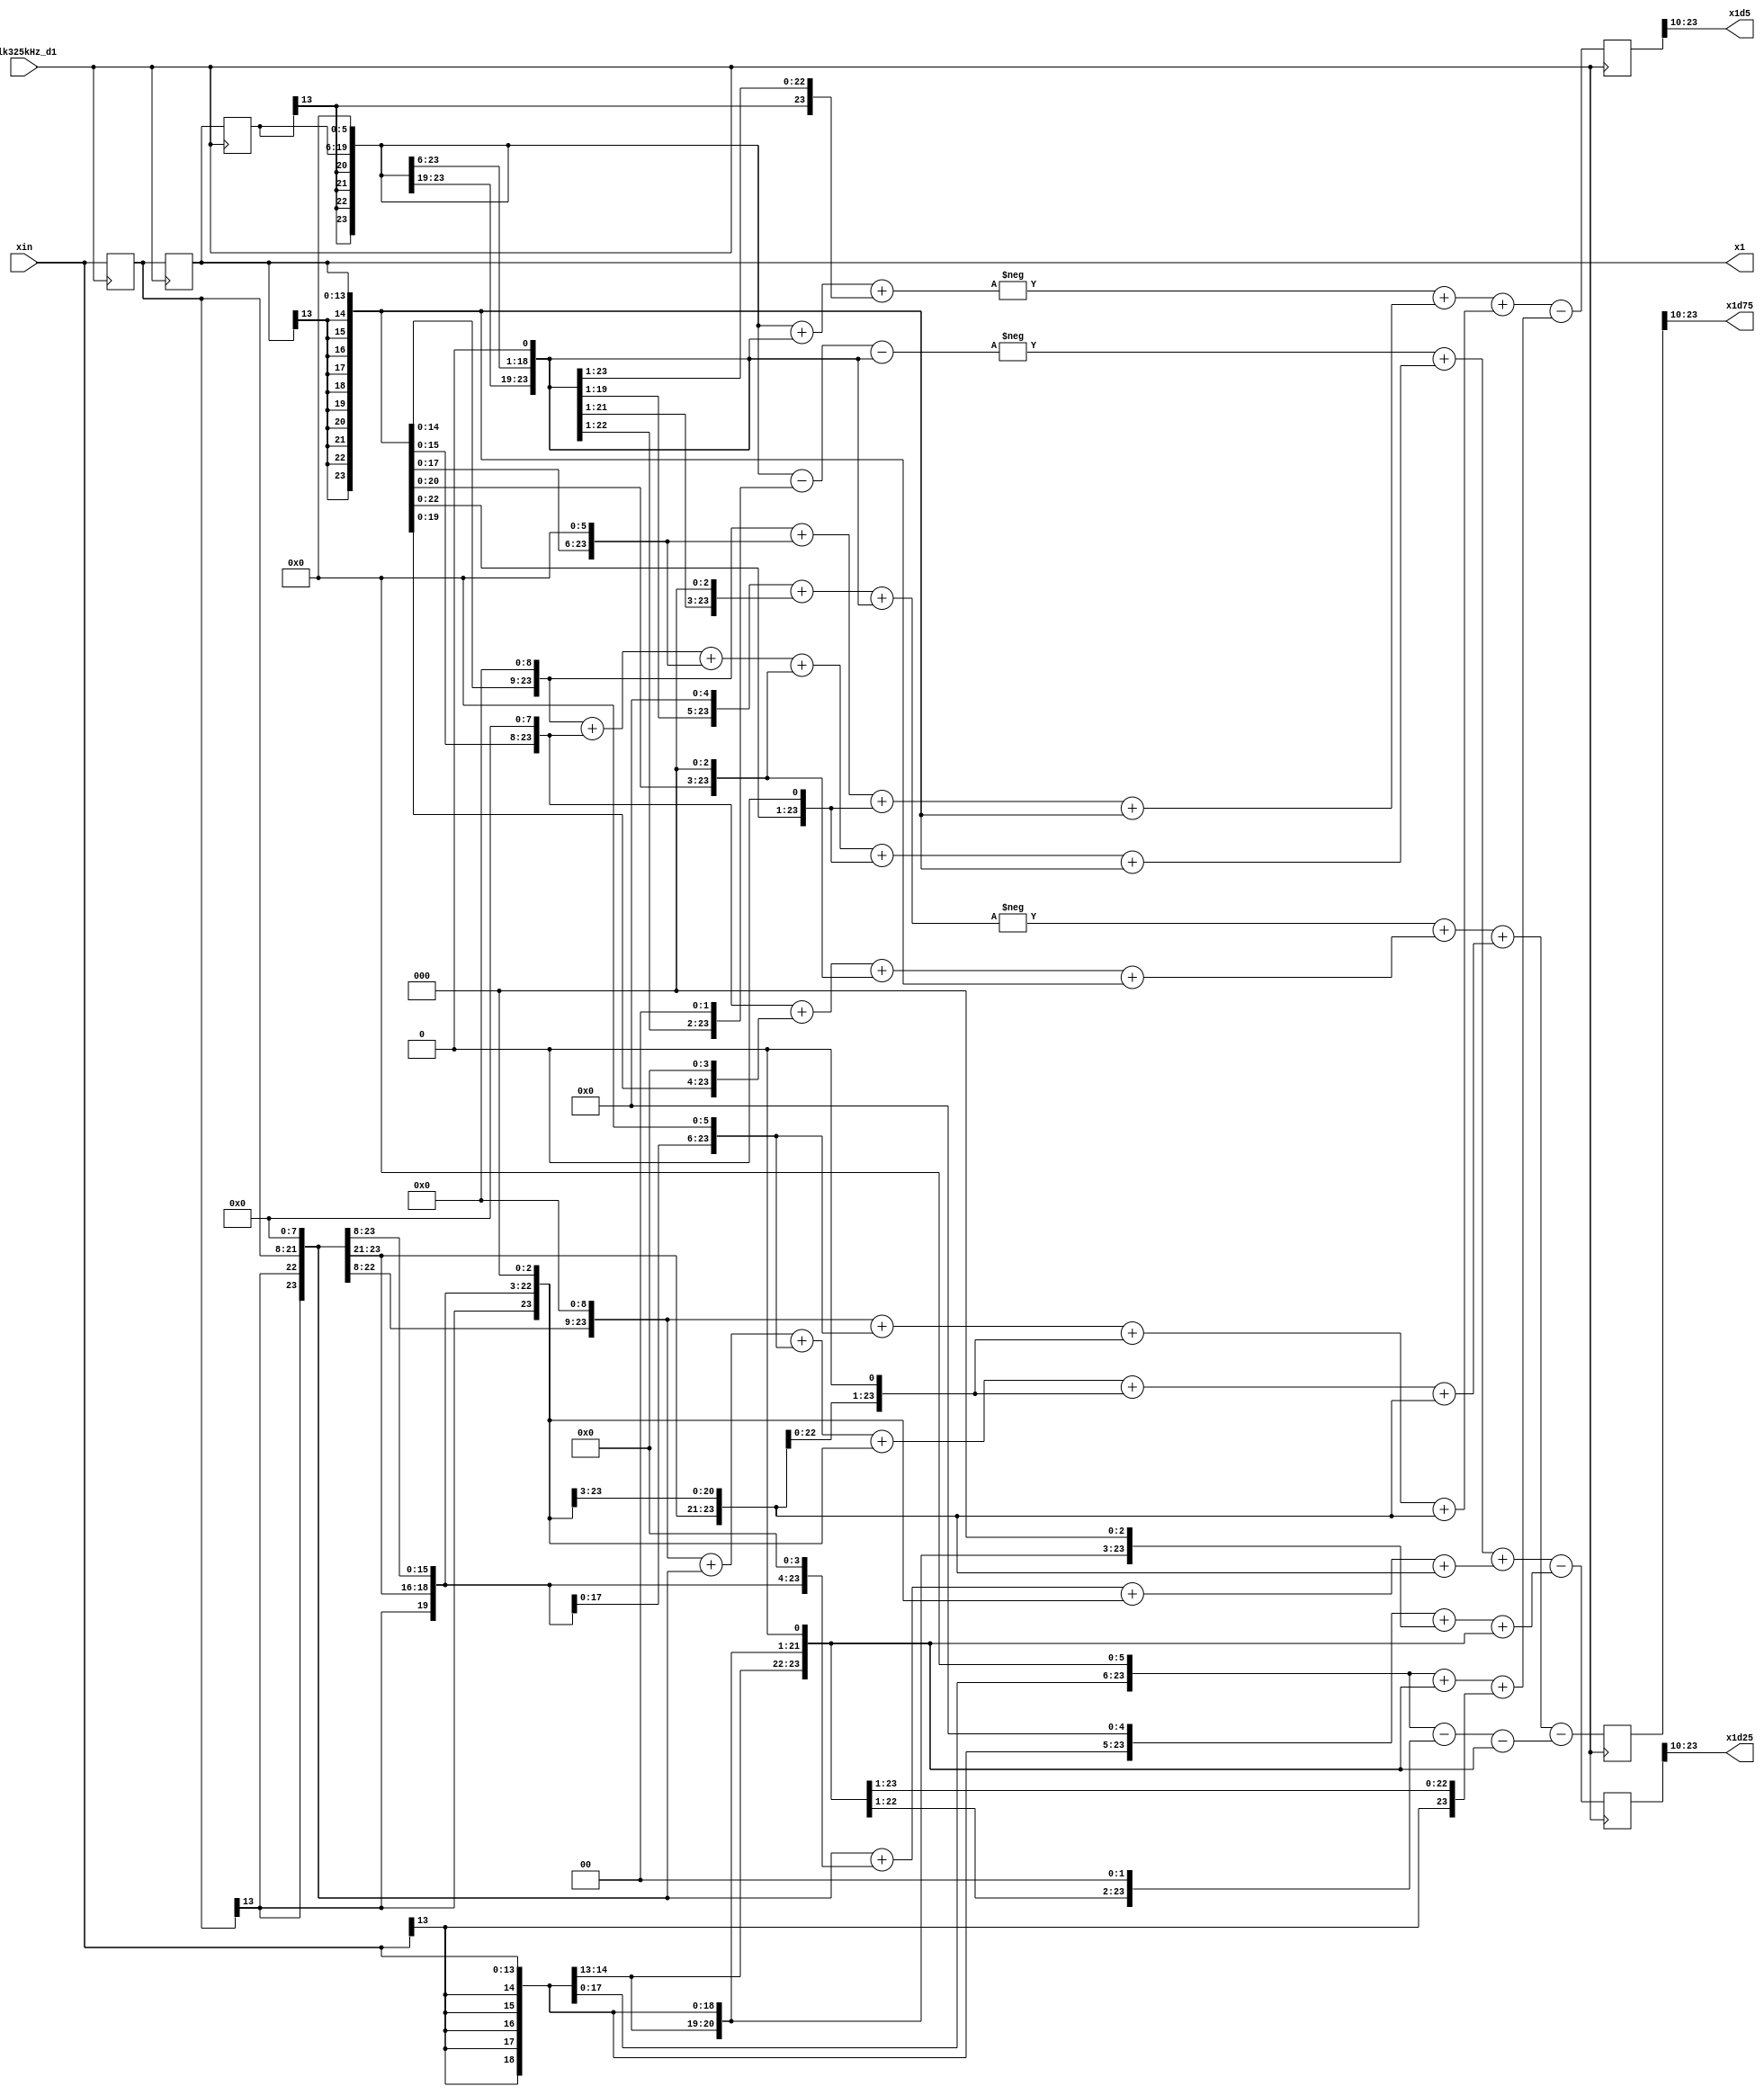
module interpolator(x1,x1d25,x1d5,x1d75, xin, clk325kHz_d1);
input clk325kHz_d1;
input signed [13:0] xin;
output signed [13:0] x1,x1d25,x1d5,x1d75;
wire [13:0] x3;
assign x3=xin;

assign x1d25=x1024_1d25[23:10];		// x(k-1.75), k=3
assign x1d5 =x1024_1d5[23:10];		// x(k-1.50), k=3
assign x1d75=x1024_1d75[23:10];   	// x(k-1.75), k=3

//   Hard-Wired Multipliers by a Bunch of Shifts and Adds
//   58 = 64-4-2; 843= 512+256+64+8+2+1; 281= 256+16+8+1; 42 = 32+8+2;       
//   67 = 64+2+1;     579= 512+64+2+1
wire signed [24:0] x58_0, x843_1, x281_2, x42_3;
wire signed [24:0] x67_0, x579_1, x579_2, x67_3;
wire signed [24:0] x42_0, x281_1, x843_2, x58_3;
assign x42_3={{6{x3[13]}},x3,5'b0}+{{8{x3[13]}},x3,3'b0}+{{10{x3[13]}},x3,1'b0};
assign x281_2={{3{x2[13]}},x2,8'b0}+{{7{x2[13]}},x2,4'b0}+{{8{x2[13]}},x2,3'b0}+{{11{x2[13]}},x2};
assign x843_1={{2{x1[13]}},x1,9'b0}+{{3{x1[13]}},x1,8'b0}+{{5{x1[13]}},x1,6'b0}+{{8{x1[13]}},x1,3'b0}+{{10{x1[13]}},x1,1'b0}+{{11{x1[13]}},x1};
assign x58_0={{5{x0[13]}},x0,6'b0}-{{9{x0[13]}},x0,2'b0}-{{10{x0[13]}},x0,1'b0};
assign x67_0={{5{x0[13]}},x0,6'b0}+{{10{x0[13]}},x0,1'b0}+{{11{x0[13]}},x0};
assign x579_1={{2{x1[13]}},x1,9'b0}+{{5{x1[13]}},x1,6'b0}+{{10{x1[13]}},x1,1'b0}+{{11{x1[13]}},x1};
assign x579_2={{2{x2[13]}},x2,9'b0}+{{5{x2[13]}},x2,6'b0}+{{10{x2[13]}},x2,1'b0}+{{11{x2[13]}},x2};
assign x67_3={{5{x3[13]}},x3,6'b0}+{{10{x3[13]}},x3,1'b0}+{{11{x3[13]}},x3};
assign x58_3={{5{x3[13]}},x3,6'b0}-{{9{x3[13]}},x3,2'b0}-{{10{x3[13]}},x3,1'b0};
assign x843_2={{2{x2[13]}},x2,9'b0}+{{3{x2[13]}},x2,8'b0}+{{5{x2[13]}},x2,6'b0}+{{8{x2[13]}},x2,3'b0}+{{10{x2[13]}},x2,1'b0}+{{11{x2[13]}},x2};
assign x281_1={{3{x1[13]}},x1,8'b0}+{{7{x1[13]}},x1,4'b0}+{{8{x1[13]}},x1,3'b0}+{{11{x1[13]}},x1};
assign x42_0={{6{x0[13]}},x0,5'b0}+{{8{x0[13]}},x0,3'b0}+{{10{x0[13]}},x0,1'b0};

reg signed [24:0] x1024_1d25, x1024_1d5, x1024_1d75;
always @(posedge clk325kHz_d1) begin
     x1024_1d75 <= -x42_0 +x281_1 +x843_2 -x58_3;
	  x1024_1d5  <= -x67_0 +x579_1 +x579_2 -x67_3;
	  x1024_1d25 <= -x58_0 +x843_1 +x281_2 -x42_3;
end

reg signed [13:0] x0, x1,x2;
always @(negedge clk325kHz_d1) begin
	  x0 <= x1;
	  x1 <= x2;
	  x2 <= x3;
end
endmodule